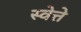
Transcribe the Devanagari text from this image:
स्वेत्ते